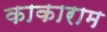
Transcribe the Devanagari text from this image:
काकाराम